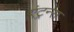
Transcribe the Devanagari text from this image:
एंट्रन्स